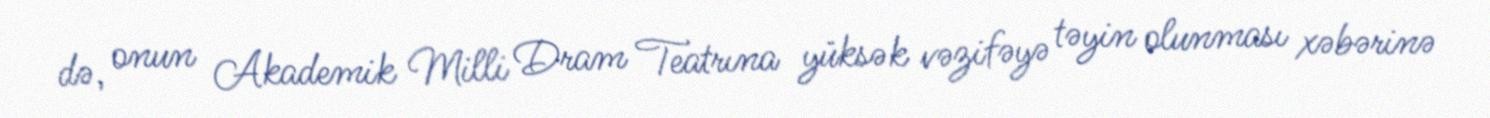
də, onun Akademik Milli Dram Teatrına yüksək vəzifəyə təyin olunması xəbərinə